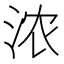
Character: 浓